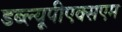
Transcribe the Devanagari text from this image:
डब्ल्यूपीएक्सएम